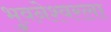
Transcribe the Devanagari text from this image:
भुवनेश्वरला